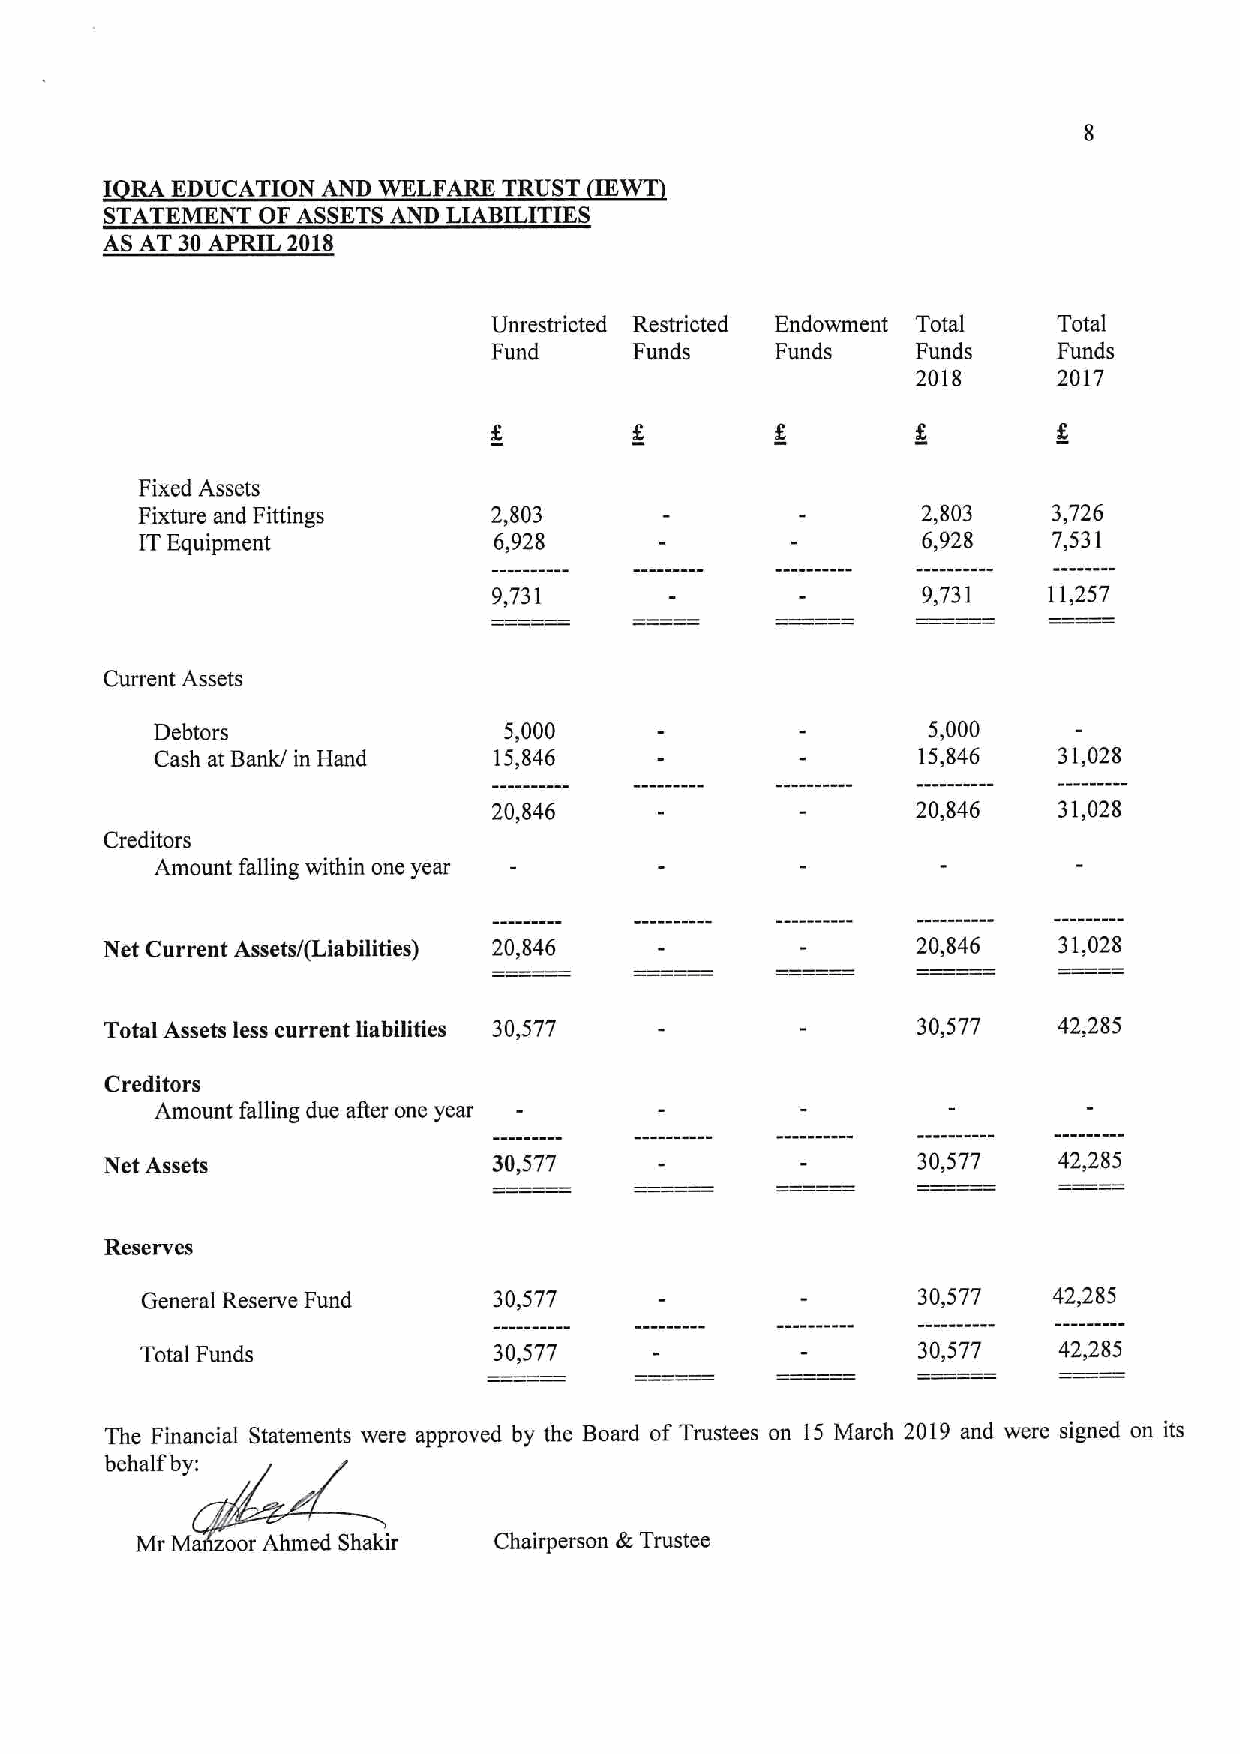
I RA EDUCATION AND WELFARE TRUST
 STATEMENT OF ASSETS AND LIABILITIES
 AS AT 30APRIL 2018
 Unrestricted Restricted Endowment Total Total
 Fund     Funds    Funds     Funds    Funds
 2018     2017
 Fixed Assets
 Fixture and Fittings    2,803                       2,803    3,726
 ITEquipment             6,928                       6,928    7,531
 9,731                       9,731   11,257
 Current Assets
 Debtors                5,000                       5,000
 Cash at Bank/ in Hand  15,846                      15,846   31,028
 20,846                      20,846   31,028
 Creditors
 Amount falling within one year
 Net Current Assetsl(Liabilities) 20,846               20,846   31,028
 Total Assets less current liabilities 30,577          30,577   42,285
 Creditors
 Amount falling due after one year
 Net Assets                30,577                      30,577   42,285
 Reserves
 General Reserve Fund    30,577                      30,577   42,285
 Total Funds             30,577                      30,577   42,285
 The Financial Statements were approved by the Board of Trustees on 15 March 2019 and were signed on its
 behalf by:
 Mr M  oor Ahmed Shakir  Chairperson &Trustee